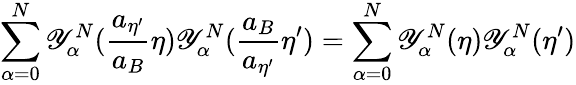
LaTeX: \sum_{\alpha=0}^{N}\mathscr{Y}_{\alpha}^{N}(\frac{{a_{{\eta}^{\prime}}}}{{a_{B}}}{\eta})\mathscr{Y}_{\alpha}^{N}(\frac{{a_{B}}}{{a_{{\eta}^{\prime}}}}{\eta}^{\prime})=\sum_{\alpha=0}^{N}\mathscr{Y}_{\alpha}^{N}({\eta})\mathscr{Y}_{\alpha}^{N}({\eta}^{\prime})